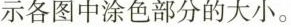
数表示各图中涂色部分的大小。